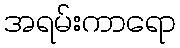
အရမ်းကာရော